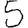
Digit: 5